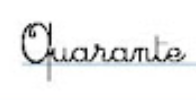
Quarante